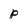
Character: p